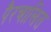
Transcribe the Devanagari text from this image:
पैरचालित